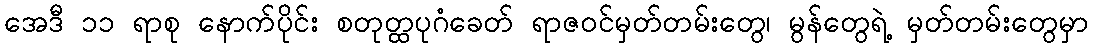
အေဒီ ၁၁ ရာစု နောက်ပိုင်း စတုတ္ထပုဂံခေတ် ရာဇဝင်မှတ်တမ်းတွေ၊ မွန်တွေရဲ့ မှတ်တမ်းတွေမှာ